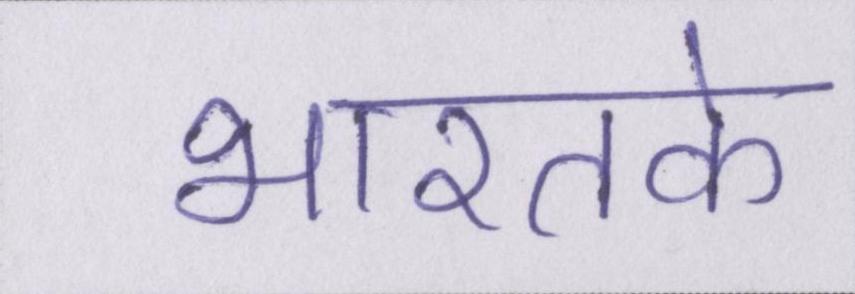
भारतके